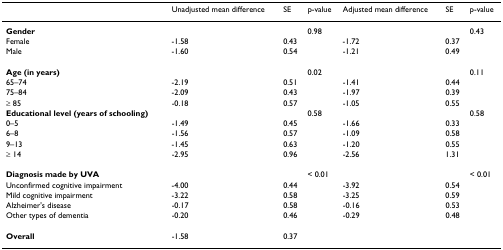
<table><thead><tr><td></td><td><b>Unadjusted mean difference</b></td><td><b>SE</b></td><td><b>p-value</b></td><td><b>Adjusted mean difference</b></td><td><b>SE</b></td><td><b>p-value</b></td></tr></thead><tbody><tr><td><b>Gender</b></td><td></td><td></td><td>0.98</td><td></td><td></td><td>0.43</td></tr><tr><td>Female</td><td>-1.58</td><td>0.43</td><td></td><td>-1.72</td><td>0.37</td><td></td></tr><tr><td>Male</td><td>-1.60</td><td>0.54</td><td></td><td>-1.21</td><td>0.49</td><td></td></tr><tr><td><b>Age (in years)</b></td><td></td><td></td><td>0.02</td><td></td><td></td><td>0.11</td></tr><tr><td>65–74</td><td>-2.19</td><td>0.51</td><td></td><td>-1.41</td><td>0.44</td><td></td></tr><tr><td>75–84</td><td>-2.09</td><td>0.43</td><td></td><td>-1.97</td><td>0.39</td><td></td></tr><tr><td>≥ 85</td><td>-0.18</td><td>0.57</td><td></td><td>-1.05</td><td>0.55</td><td></td></tr><tr><td><b>Educational level (years of schooling)</b></td><td></td><td></td><td>0.58</td><td></td><td></td><td>0.58</td></tr><tr><td>0–5</td><td>-1.49</td><td>0.45</td><td></td><td>-1.66</td><td>0.33</td><td></td></tr><tr><td>6–8</td><td>-1.56</td><td>0.57</td><td></td><td>-1.09</td><td>0.58</td><td></td></tr><tr><td>9–13</td><td>-1.45</td><td>0.63</td><td></td><td>-1.20</td><td>0.55</td><td></td></tr><tr><td>≥ 14</td><td>-2.95</td><td>0.96</td><td></td><td>-2.56</td><td>1.31</td><td></td></tr><tr><td><b>Diagnosis made by UVA</b></td><td></td><td></td><td>&lt; 0.01</td><td></td><td></td><td>&lt; 0.01</td></tr><tr><td>Unconfirmed cognitive impairment</td><td>-4.00</td><td>0.44</td><td></td><td>-3.92</td><td>0.54</td><td></td></tr><tr><td>Mild cognitive impairment</td><td>-3.22</td><td>0.58</td><td></td><td>-3.25</td><td>0.59</td><td></td></tr><tr><td>Alzheimer&#x27;s disease</td><td>-0.17</td><td>0.58</td><td></td><td>-0.16</td><td>0.53</td><td></td></tr><tr><td>Other types of dementia</td><td>-0.20</td><td>0.46</td><td></td><td>-0.29</td><td>0.48</td><td></td></tr><tr><td><b>Overall</b></td><td>-1.58</td><td>0.37</td><td></td><td></td><td></td><td></td></tr></tbody></table>